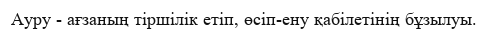
Ауру - ағзаның тіршілік етіп, өсіп-ену қабілетінің бұзылуы.